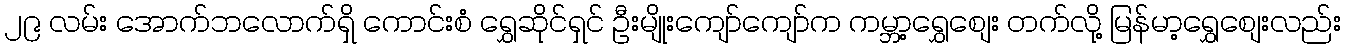
၂၉ လမ်း အောက်ဘလောက်ရှိ ကောင်းစံ ရွှေဆိုင်ရှင် ဦးမျိုးကျော်ကျော်က ကမ္ဘာ့ရွှေစျေး တက်လို့ မြန်မာ့ရွှေစျေးလည်း